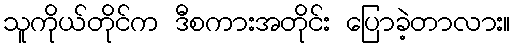
သူကိုယ်တိုင်က ဒီစကားအတိုင်း ပြောခဲ့တာလား။